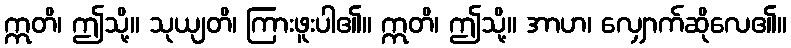
ဣတိ၊ ဤသို့။ သုယျတိ၊ ကြားဖူးပါ၏။ ဣတိ၊ ဤသို့။ အာဟ၊ လျှောက်ဆိုလေ၏။